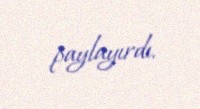
paylayırdı.